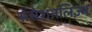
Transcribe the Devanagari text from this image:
सेंसेशनलिज़्म